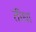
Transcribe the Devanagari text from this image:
तीधा